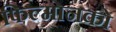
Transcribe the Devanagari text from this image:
फिल्मोनको